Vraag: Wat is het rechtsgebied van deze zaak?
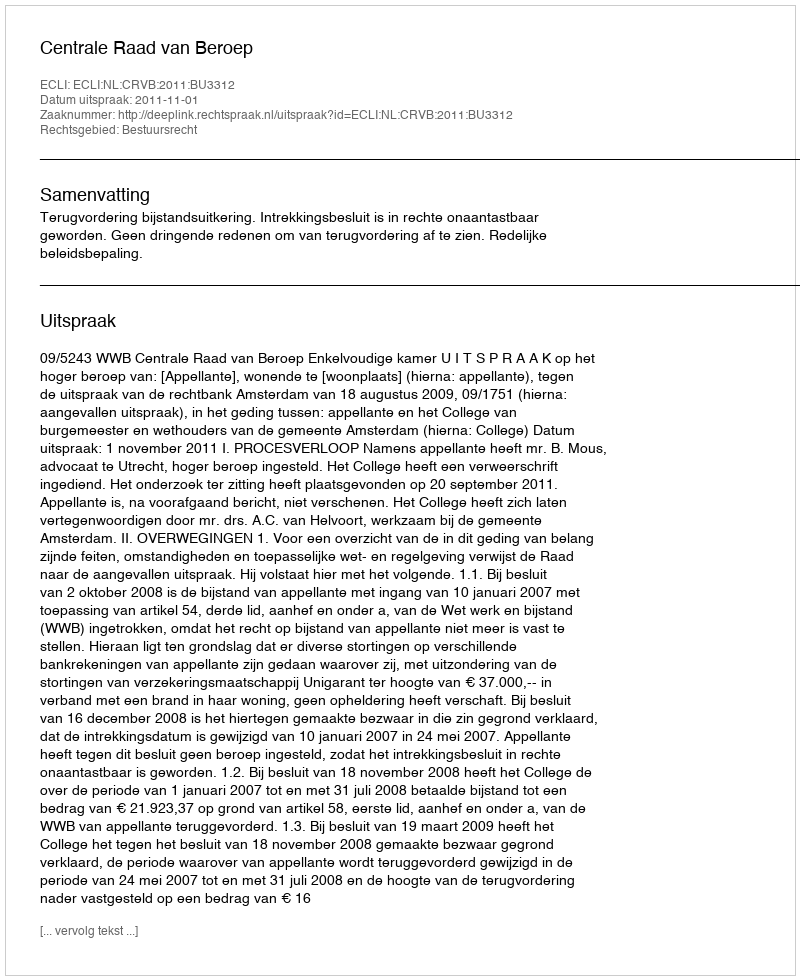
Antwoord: Bestuursrecht